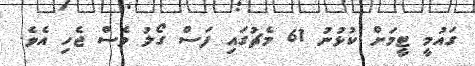
ގައުމީ ޓީމަށް ކުޅުނު 61 މެޗުގައި ފަސް ގޯލު ވެސް ޖެހި އެވެ.